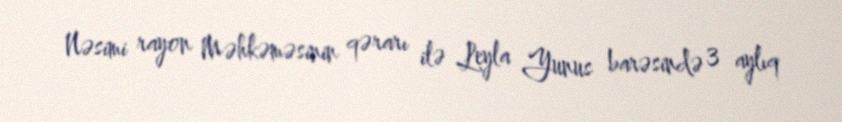
Nəsimi rayon Məhkəməsinin qərarı ilə Leyla Yunus barəsində 3 aylıq